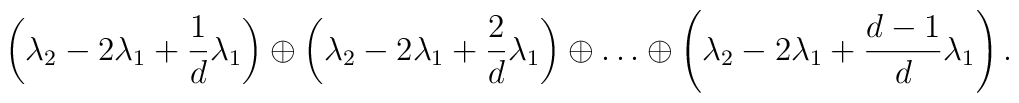
\left(\lambda_2-2\lambda_1+{1\over d}\lambda_1\right) \oplus\left(\lambda_2-2\lambda_1+{2\over d}\lambda_1\right)\oplus\ldots\oplus\left(\lambda_2-2\lambda_1+{d-1\over d}\lambda_1\right).